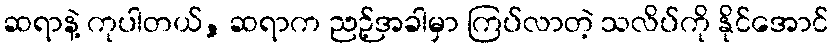
ဆရာနဲ့ ကုပါတယ်, ဆရာက ညဉ့်အခါမှာ ကြပ်လာတဲ့ သလိပ်ကို နိုင်အောင်